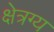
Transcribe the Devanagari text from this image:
क्षेत्रग्य